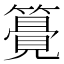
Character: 𥵒